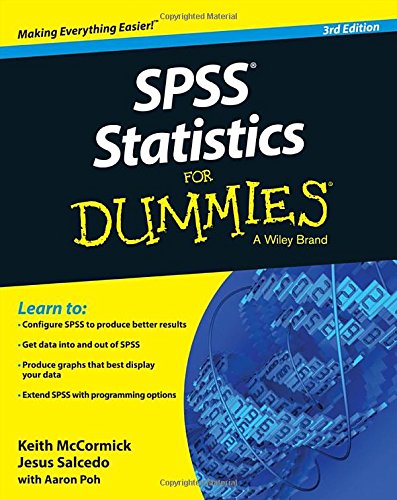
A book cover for SPSS Statistics for Dummies; Keith McCormick; Computers & Technology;